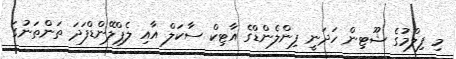
މި ފިލްމުގެ ޝޫޓިން ހަދަނީ ފިންލެންޑްގެ އާޓިކް ސާކަލް އާއި ލެޕްލޭންޑްފަދަ ތަންތަނުގަ